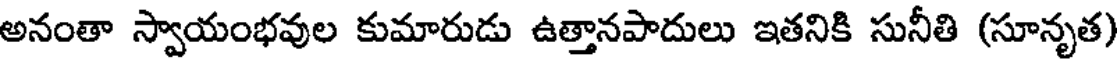
అనంతా స్వాయంభవుల కుమారుడు ఉత్తానపాదులు ఇతనికి సునీతి (సూనృత)